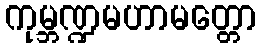
ကုမ္ဘဏ္ဍမဟာမတ္တော